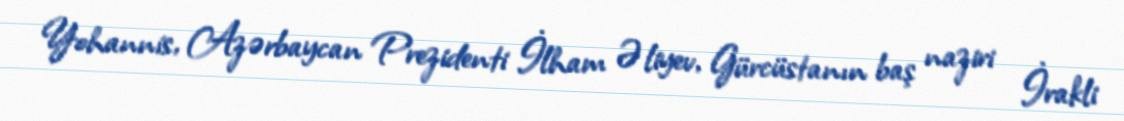
Yohannis, Azərbaycan Prezidenti İlham Əliyev, Gürcüstanın baş naziri İrakli